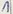
Text: 1